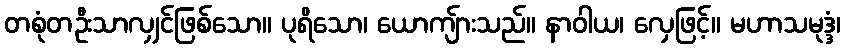
တစုံတဦးသာလျှင်ဖြစ်သော။ ပုရိသော၊ ယောကျ်ားသည်။ နာဝါယ၊ လှေဖြင့်။ မဟာသမုဒ္ဒံ၊